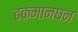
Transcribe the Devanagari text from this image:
ढकमानघन